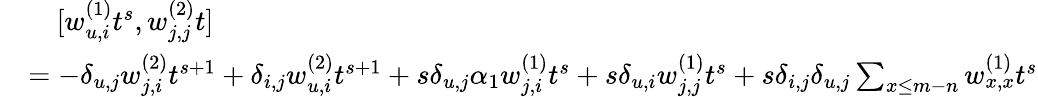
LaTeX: \begin{array}{rl}&{\quad[w_{u,i}^{(1)}t^{s},w_{j,j}^{(2)}t]}\\ &{=-\delta_{u,j}w_{j,i}^{(2)}t^{s+1}+\delta_{i,j}w_{u,i}^{(2)}t^{s+1}+s\delta_{u,j}\alpha_{1}w_{j,i}^{(1)}t^{s}+s\delta_{u,i}w_{j,j}^{(1)}t^{s}+s\delta_{i,j}\delta_{u,j}\sum_{x\leq m-n}w_{x,x}^{(1)}t^{s}}\end{array}